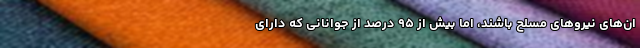
ان‌های نیروهای مسلح باشند، اما بیش از ۹۵ درصد از جوانانی که دارای